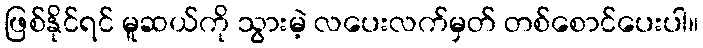
ဖြစ်နိုင်ရင် မူဆယ်ကို သွားမဲ့ လပေးလက်မှတ် တစ်စောင်ပေးပါ။